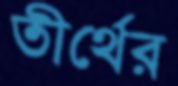
তীর্থের